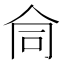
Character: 𬽽